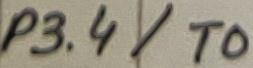
Text: P3.4/T0